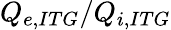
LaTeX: Q_{e,ITG}/Q_{i,ITG}